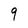
Character: 9